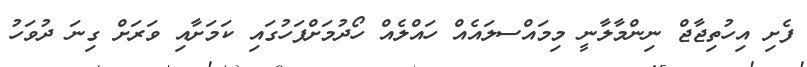
ފެށި އިހުތިޖާޖް ނިންމާލާނީ މިމައްސލައެއް ހައްލެއް ހޯދުމަށްފަހުގައި ކަމަށާއި ވަރަށް ގިނަ ދުވަހު